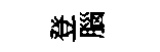
登腦